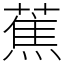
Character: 蕉